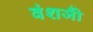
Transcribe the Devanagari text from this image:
वंशजोँ